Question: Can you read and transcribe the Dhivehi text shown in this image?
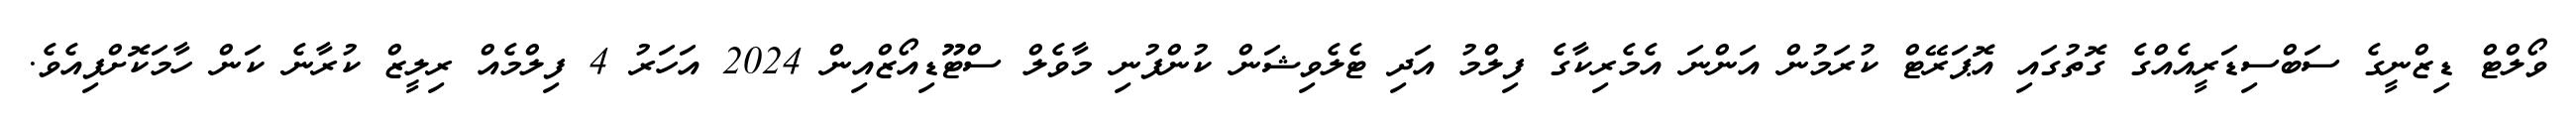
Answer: ވޯލްޓް ޑިޒްނީގެ ސަބްސިޑަރީއެއްގެ ގޮތުގައި އޮޕަރޭޓް ކުރަމުން އަންނަ އެމެރިކާގެ ފިލްމު އަދި ޓެލެވިޝަން ކުންފުނި މާވެލް ސްޓޫޑިއޯޒްއިން 2024 އަހަރު 4 ފިލްމެއް ރިލީޒް ކުރާނެ ކަން ހާމަކޮށްފިއެވެ.